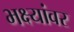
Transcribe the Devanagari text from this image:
भक्ष्यांवर